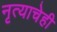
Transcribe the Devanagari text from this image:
नृत्याचेही